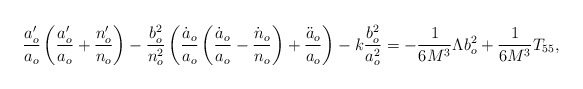
\begin{align*}\frac{a'_o}{a_o}\left( \frac{a'_o}{a_o}+\frac{n'_o}{n_o}\right)-\frac{b^2_o}{n^2_o}\left(\frac{\dot a_o}{a_o} \left( \frac{\dot a_o}{a_o}-\frac{\dot n_o}{n_o}\right)+\frac{\ddot a_o}{a_o}\right)-k\frac{b^2_o}{a^2_o} =-\frac{1}{6M^3}\Lambda b^2_o + \frac{1}{6M^3}T_{55},\end{align*}